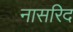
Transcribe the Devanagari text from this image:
नासरिद